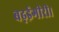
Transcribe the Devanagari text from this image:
बढ़ईगीरी।